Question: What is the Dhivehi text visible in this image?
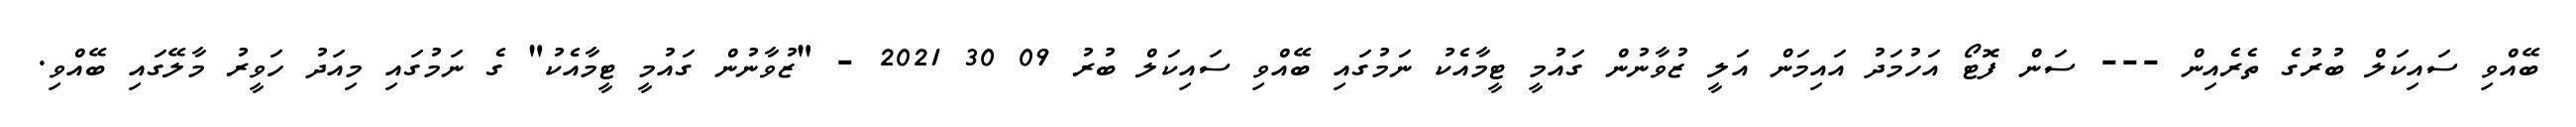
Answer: ބޭއްވި ސައިކަލް ބުރުގެ ތެރެއިން --- ސަން ފޮޓޯ އަހުމަދު އައިމަން އަލީ ޒުވާނުން ގައުމީ ޓީމާއެކު ނަމުގައި ބޭއްވި ސައިކަލް ބުރު 09 30 2021 - "ޒުވާނުން ގައުމީ ޓީމާއެކު" ގެ ނަމުގައި މިއަދު ހަވީރު މާލޭގައި ބޭއްވި.